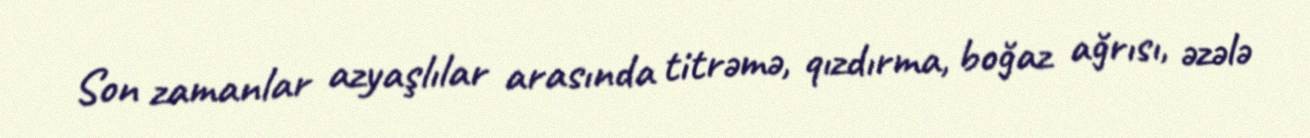
Son zamanlar azyaşlılar arasında titrəmə, qızdırma, boğaz ağrısı, əzələ